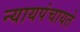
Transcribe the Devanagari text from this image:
न्यायपंचायते